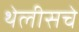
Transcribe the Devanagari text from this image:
थेलीसचे